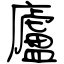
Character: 廬